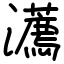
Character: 瀳